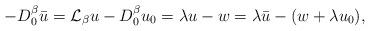
LaTeX: \begin{align*}-D^{\beta}_0\bar u=\mathcal L_\beta u-D^{\beta}_0u_0 =\lambda u-w=\lambda \bar u-(w+\lambda u_0),\end{align*}